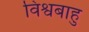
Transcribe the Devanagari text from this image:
विश्वबाहु